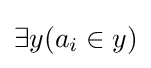
\exists y(a_{i}\in y)